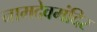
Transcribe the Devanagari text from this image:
नामदेवमंदिर